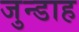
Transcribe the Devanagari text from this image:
जुन्डाह